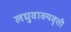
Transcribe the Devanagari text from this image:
लघुवाक्यवृत्ती